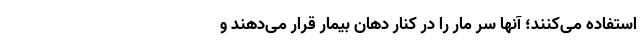
استفاده می‌کنند؛ آنها سر مار را در کنار دهان بیمار قرار می‌دهند و